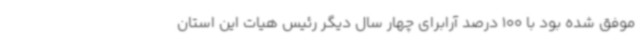
موفق شده بود با 100 درصد آرابرای چهار سال دیگر رئیس هیات این استان